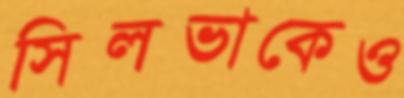
সিলভাকেও